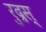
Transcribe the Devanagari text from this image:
रुद्रस्